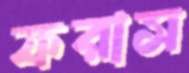
ফরাস